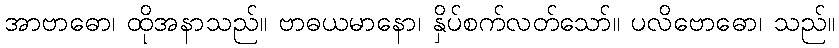
အာဗာဓော၊ ထိုအနာသည်။ ဗာဓယမာနော၊ နှိပ်စက်လတ်သော်။ ပလိဗောဓော၊ သည်။